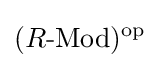
(R{\text{-Mod}})^{\text{op}}